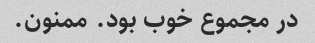
در مجموع خوب بود. ممنون.